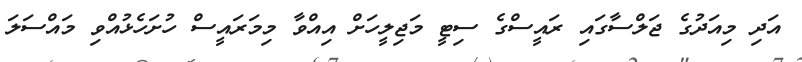
އަދި މިއަދުގެ ޖަލްސާގައި ރައީސްގެ ސިޓީ މަޖިލީހަށް އިއްވާ މިމަރައީސް ހުށަހެޅުއްވި މައްސަލަ